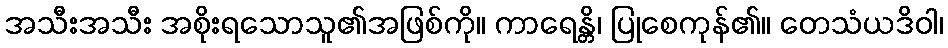
အသီးအသီး အစိုးရသောသူ၏အဖြစ်ကို။ ကာရေန္တိ၊ ပြုစေကုန်၏။ တေသံယဒိဝါ၊